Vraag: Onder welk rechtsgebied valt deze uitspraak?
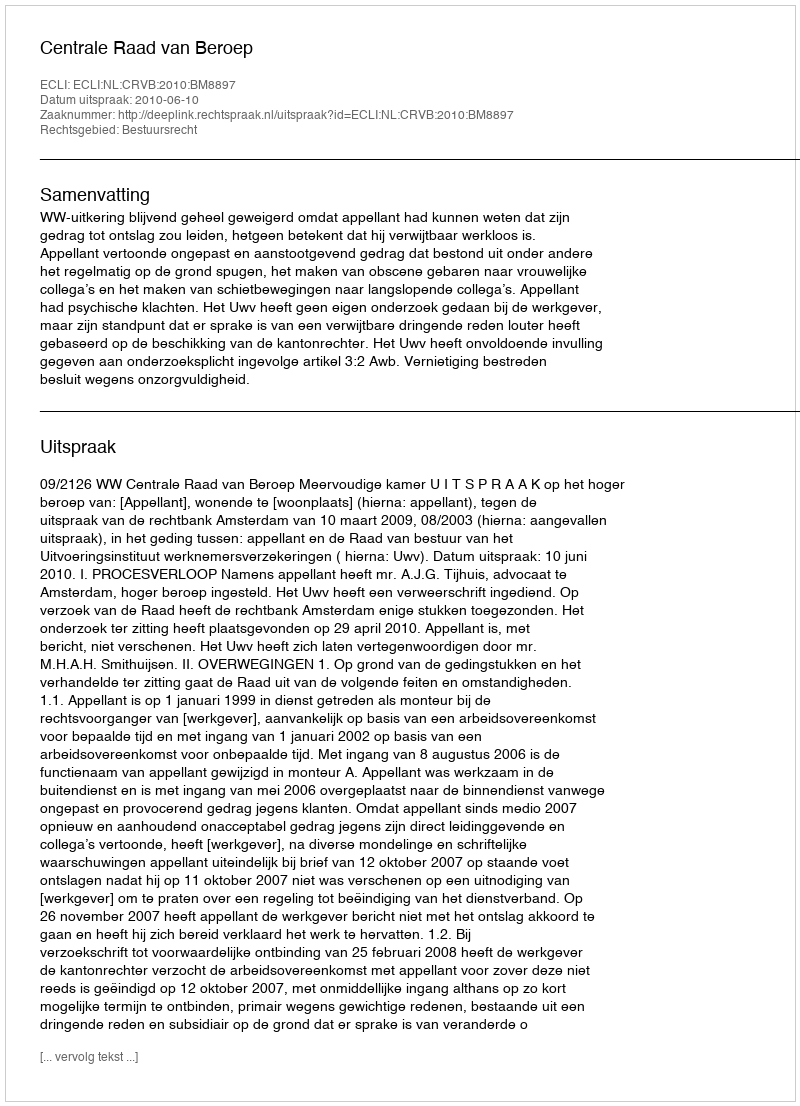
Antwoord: Bestuursrecht